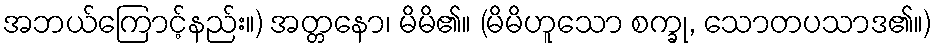
အဘယ်ကြောင့်နည်း။) အတ္တနော၊ မိမိ၏။ (မိမိဟူသော စက္ခု, သောတပသာဒ၏။)